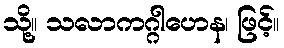
သို့။ သလာကဂ္ဂါဟေန၊ ဖြင့်။